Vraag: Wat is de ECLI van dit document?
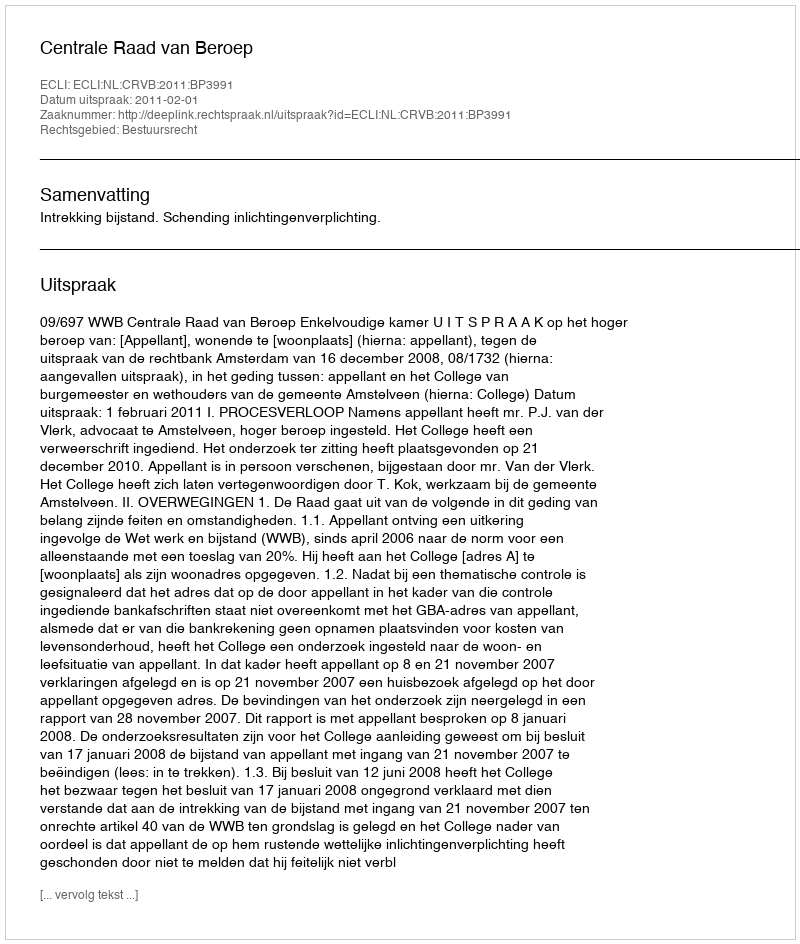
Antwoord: ECLI:NL:CRVB:2011:BP3991